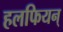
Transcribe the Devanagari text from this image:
हलफियन्